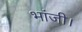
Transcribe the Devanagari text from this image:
भांजी।